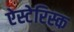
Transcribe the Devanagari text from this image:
ऐस्टेरिस्क